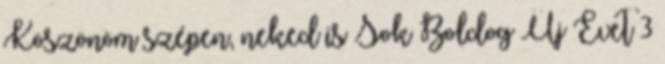
Köszönöm szépen, neked is Sok Boldog Új Évet 3